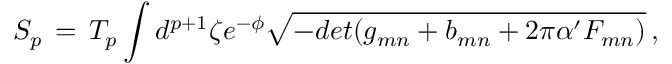
S _ { p } \, = \, T _ { p } \int d ^ { p + 1 } \zeta e ^ { - \phi } \sqrt { - d e t ( g _ { m n } + b _ { m n } + 2 \pi \alpha ^ { \prime } F _ { m n } ) } \, ,